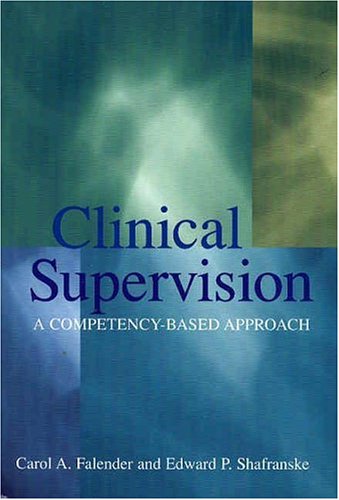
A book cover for Clinical Supervision: A Competency-Based Approach; Carol A. Falender; Medical Books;